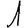
Digit: 1